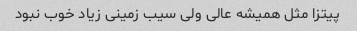
پیتزا مثل همیشه عالی ولی سیب زمینی زیاد خوب نبود